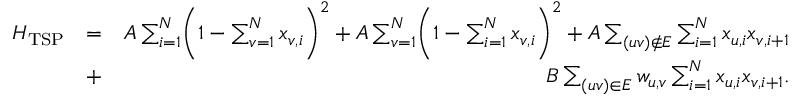
\begin{array} { r l r } { H _ { \mathrm { T S P } } } & { = } & { A \sum _ { i = 1 } ^ { N } \biggl ( 1 - \sum _ { v = 1 } ^ { N } x _ { v , i } \biggr ) ^ { 2 } + A \sum _ { v = 1 } ^ { N } \biggl ( 1 - \sum _ { i = 1 } ^ { N } x _ { v , i } \biggr ) ^ { 2 } + A \sum _ { ( u v ) \notin E } \sum _ { i = 1 } ^ { N } x _ { u , i } x _ { v , i + 1 } } \\ & { + } & { B \sum _ { ( u v ) \in E } w _ { u , v } \sum _ { i = 1 } ^ { N } x _ { u , i } x _ { v , i + 1 } . } \end{array}